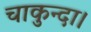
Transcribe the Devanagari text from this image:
चाकुन्दा।